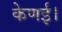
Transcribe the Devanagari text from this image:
केणई।